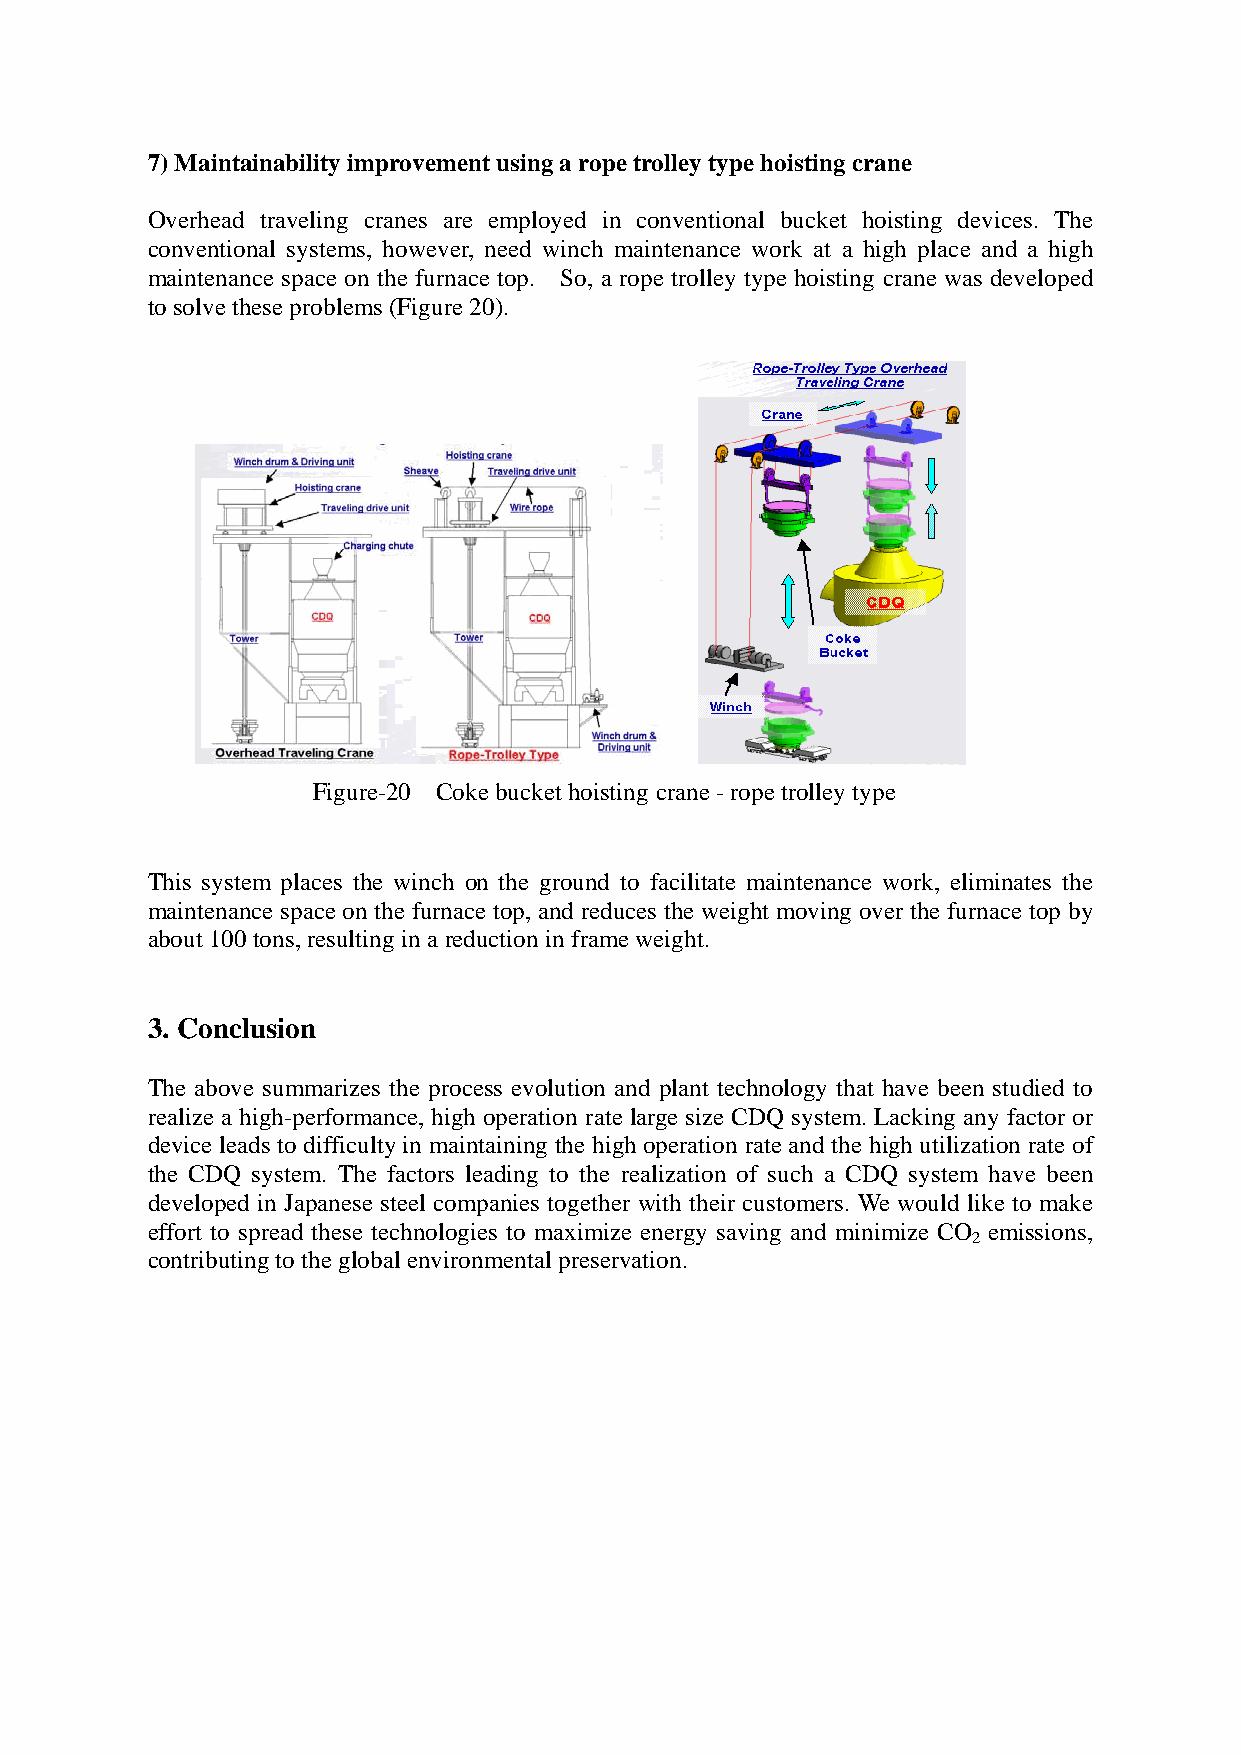
7) Maintainability improvement using a rope trolley type hoisting crane
 Overhead traveling cranes are employed in conventional bucket hoisting devices. The
 conventional systems, however, need winch maintenance work at a high place and a high
 maintenance space on the furnace top. So, a rope trolley type hoisting crane was developed
 to solve these problems (Figure 20).
 Figure-20 Coke bucket hoisting crane - rope trolley type
 This system places the winch on the ground to facilitate maintenance work, eliminates the
 maintenance space on the furnace top, and reduces the weight moving over the furnace top by
 about 100 tons, resulting in a reduction in frame weight.
 3. Conclusion
 The above summarizes the process evolution and plant technology that have been studied to
 realize a high-performance, high operation rate large size CDQ system. Lacking any factor or
 device leads to difficulty in maintaining the high operation rate and the high utilization rate of
 the CDQ system. The factors leading to the realization of such a CDQ system have been
 developed in Japanese steel companies together with their customers. We would like to make
 effort to spread these technologies to maximize energy saving and minimize CO emissions,
 2
 contributing to the global environmental preservation.